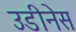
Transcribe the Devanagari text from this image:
उडीनेस